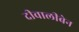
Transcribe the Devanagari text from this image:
दीवालीबेन